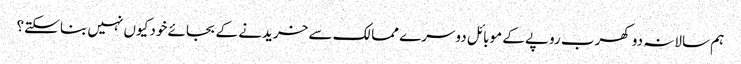
ہم سالانہ دو کھرب روپے کے موبائل دوسرے ممالک سے خریدنے کے بجائے خود کیوں نہیں بنا سکتے؟